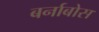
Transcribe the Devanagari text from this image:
बर्नाबोस